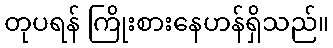
တုပရန် ကြိုးစားနေဟန်ရှိသည်။